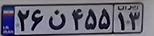
۲۶ن۴۵۵۱۳